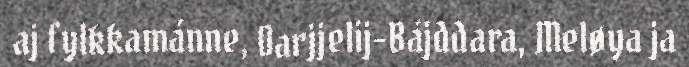
aj fylkkamánne, Oarjjelij-Bájddara, Meløya ja